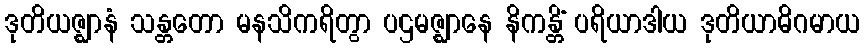
ဒုတိယဇ္ဈာနံ သန္တတော မနသိကရိတွာ ပဌမဇ္ဈာနေ နိကန္တိံ ပရိယာဒါယ ဒုတိယာဓိဂမာယ